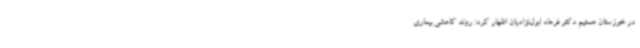
در خوزستان هستیم دکتر فرهاد ابول‌نژادیان اظهار کرد: روند کاهشی بیماری